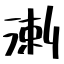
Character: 溂